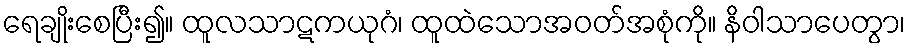
ရေချိုးစေပြီး၍။ ထူလသာဋကယုဂံ၊ ထူထဲသောအဝတ်အစုံကို။ နိဝါသာပေတွာ၊